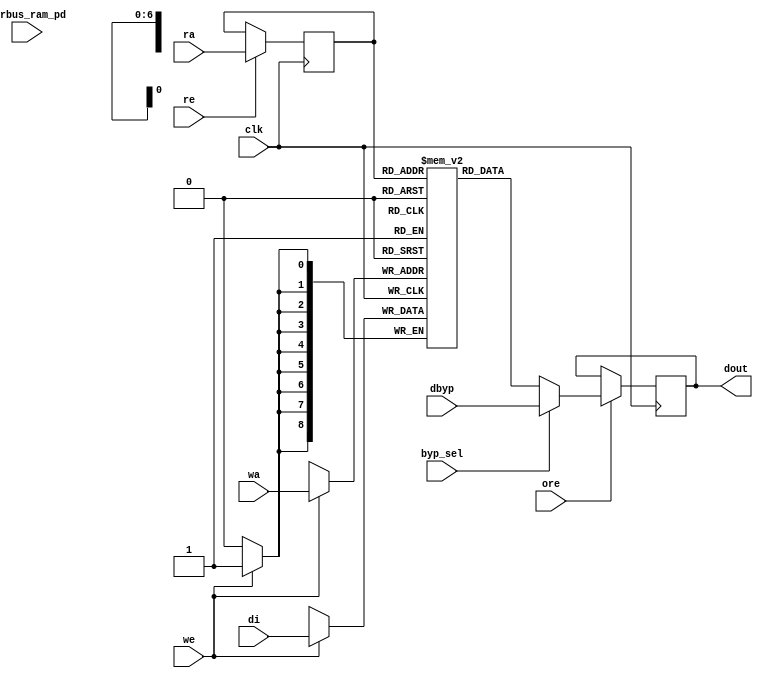
// ================================================================
// NVDLA Open Source Project
// 
// Copyright(c) 2016 - 2017 NVIDIA Corporation.  Licensed under the
// NVDLA Open Hardware License; Check "LICENSE" which comes with 
// this distribution for more information.
// ================================================================


module nv_ram_rwsthp_80x9 ( 
		clk,
		ra,
		re,
		ore,
		dout,
		wa,
		we,
		di,
		byp_sel,
		dbyp,
		pwrbus_ram_pd
);

parameter FORCE_CONTENTION_ASSERTION_RESET_ACTIVE=1'b0;

// port list
input			clk;
input	[6:0]	ra;
input			re;
input			ore;
output	[8:0]	dout;
input	[6:0]	wa;
input			we;
input	[8:0]	di;
input			byp_sel;
input	[8:0]	dbyp;
input	[31:0]	pwrbus_ram_pd;

//reg and wire list
reg		[6:0]	ra_d;
wire	[8:0]	dout;
reg		[8:0]	M	[79:0];

always @( posedge clk ) begin
    if (we)
       M[wa] <= di;
end
 
always @( posedge clk ) begin
    if (re) 
       ra_d <= ra;
end

wire	[8:0]	dout_ram = M[ra_d];

wire	[8:0]	fbypass_dout_ram = (byp_sel ? dbyp : dout_ram);

reg		[8:0]	dout_r;
always @( posedge clk ) begin
   if (ore)
       dout_r <= fbypass_dout_ram;
end

assign dout = dout_r;


endmodule